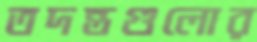
তদন্তগুলোর